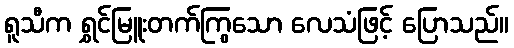
ရူသီက ရွှင်မြူးတက်ကြွသော လေသံဖြင့် ပြောသည်။